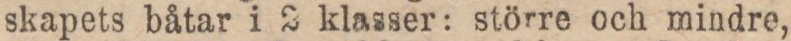
skapets båtar i 2 klasser: större och mindre,